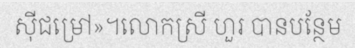
ស៊ីជម្រៅ»។លោកស្រី ហួរ បានបន្ថែម